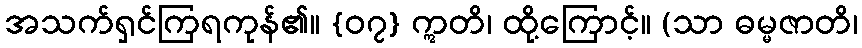
အသက်ရှင်ကြရကုန်၏။ {၀၇} ဣတိ၊ ထို့ကြောင့်။ (သာ ဓမ္မဇာတိ၊